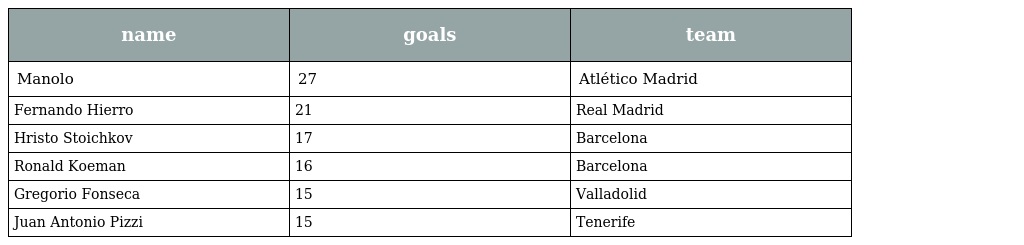
| name | goals | team |
 | --- | --- | --- |
 | Manolo | 27 | Atlético Madrid |
 | Fernando Hierro | 21 | Real Madrid |
 | Hristo Stoichkov | 17 | Barcelona |
 | Ronald Koeman | 16 | Barcelona |
 | Gregorio Fonseca | 15 | Valladolid |
 | Juan Antonio Pizzi | 15 | Tenerife |